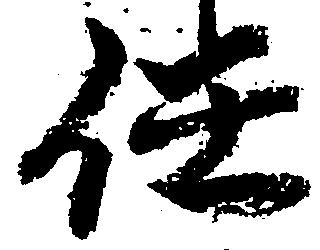
任